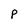
Character: p